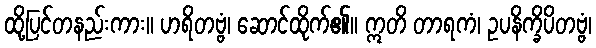
ထို့ပြင်တနည်းကား။ ဟရိတဗ္ဗံ၊ ဆောင်ထိုက်၏။ ဣတိ တာရကံ၊ ဥပနိက္ခိပိတဗ္ဗံ၊